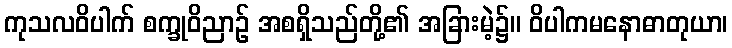
ကုသလဝိပါက် စက္ခုဝိညာဉ် အစရှိသည်တို့၏ အခြားမဲ့၌။ ဝိပါကမနောဓာတုယာ၊